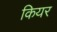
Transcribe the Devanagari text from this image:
कियर